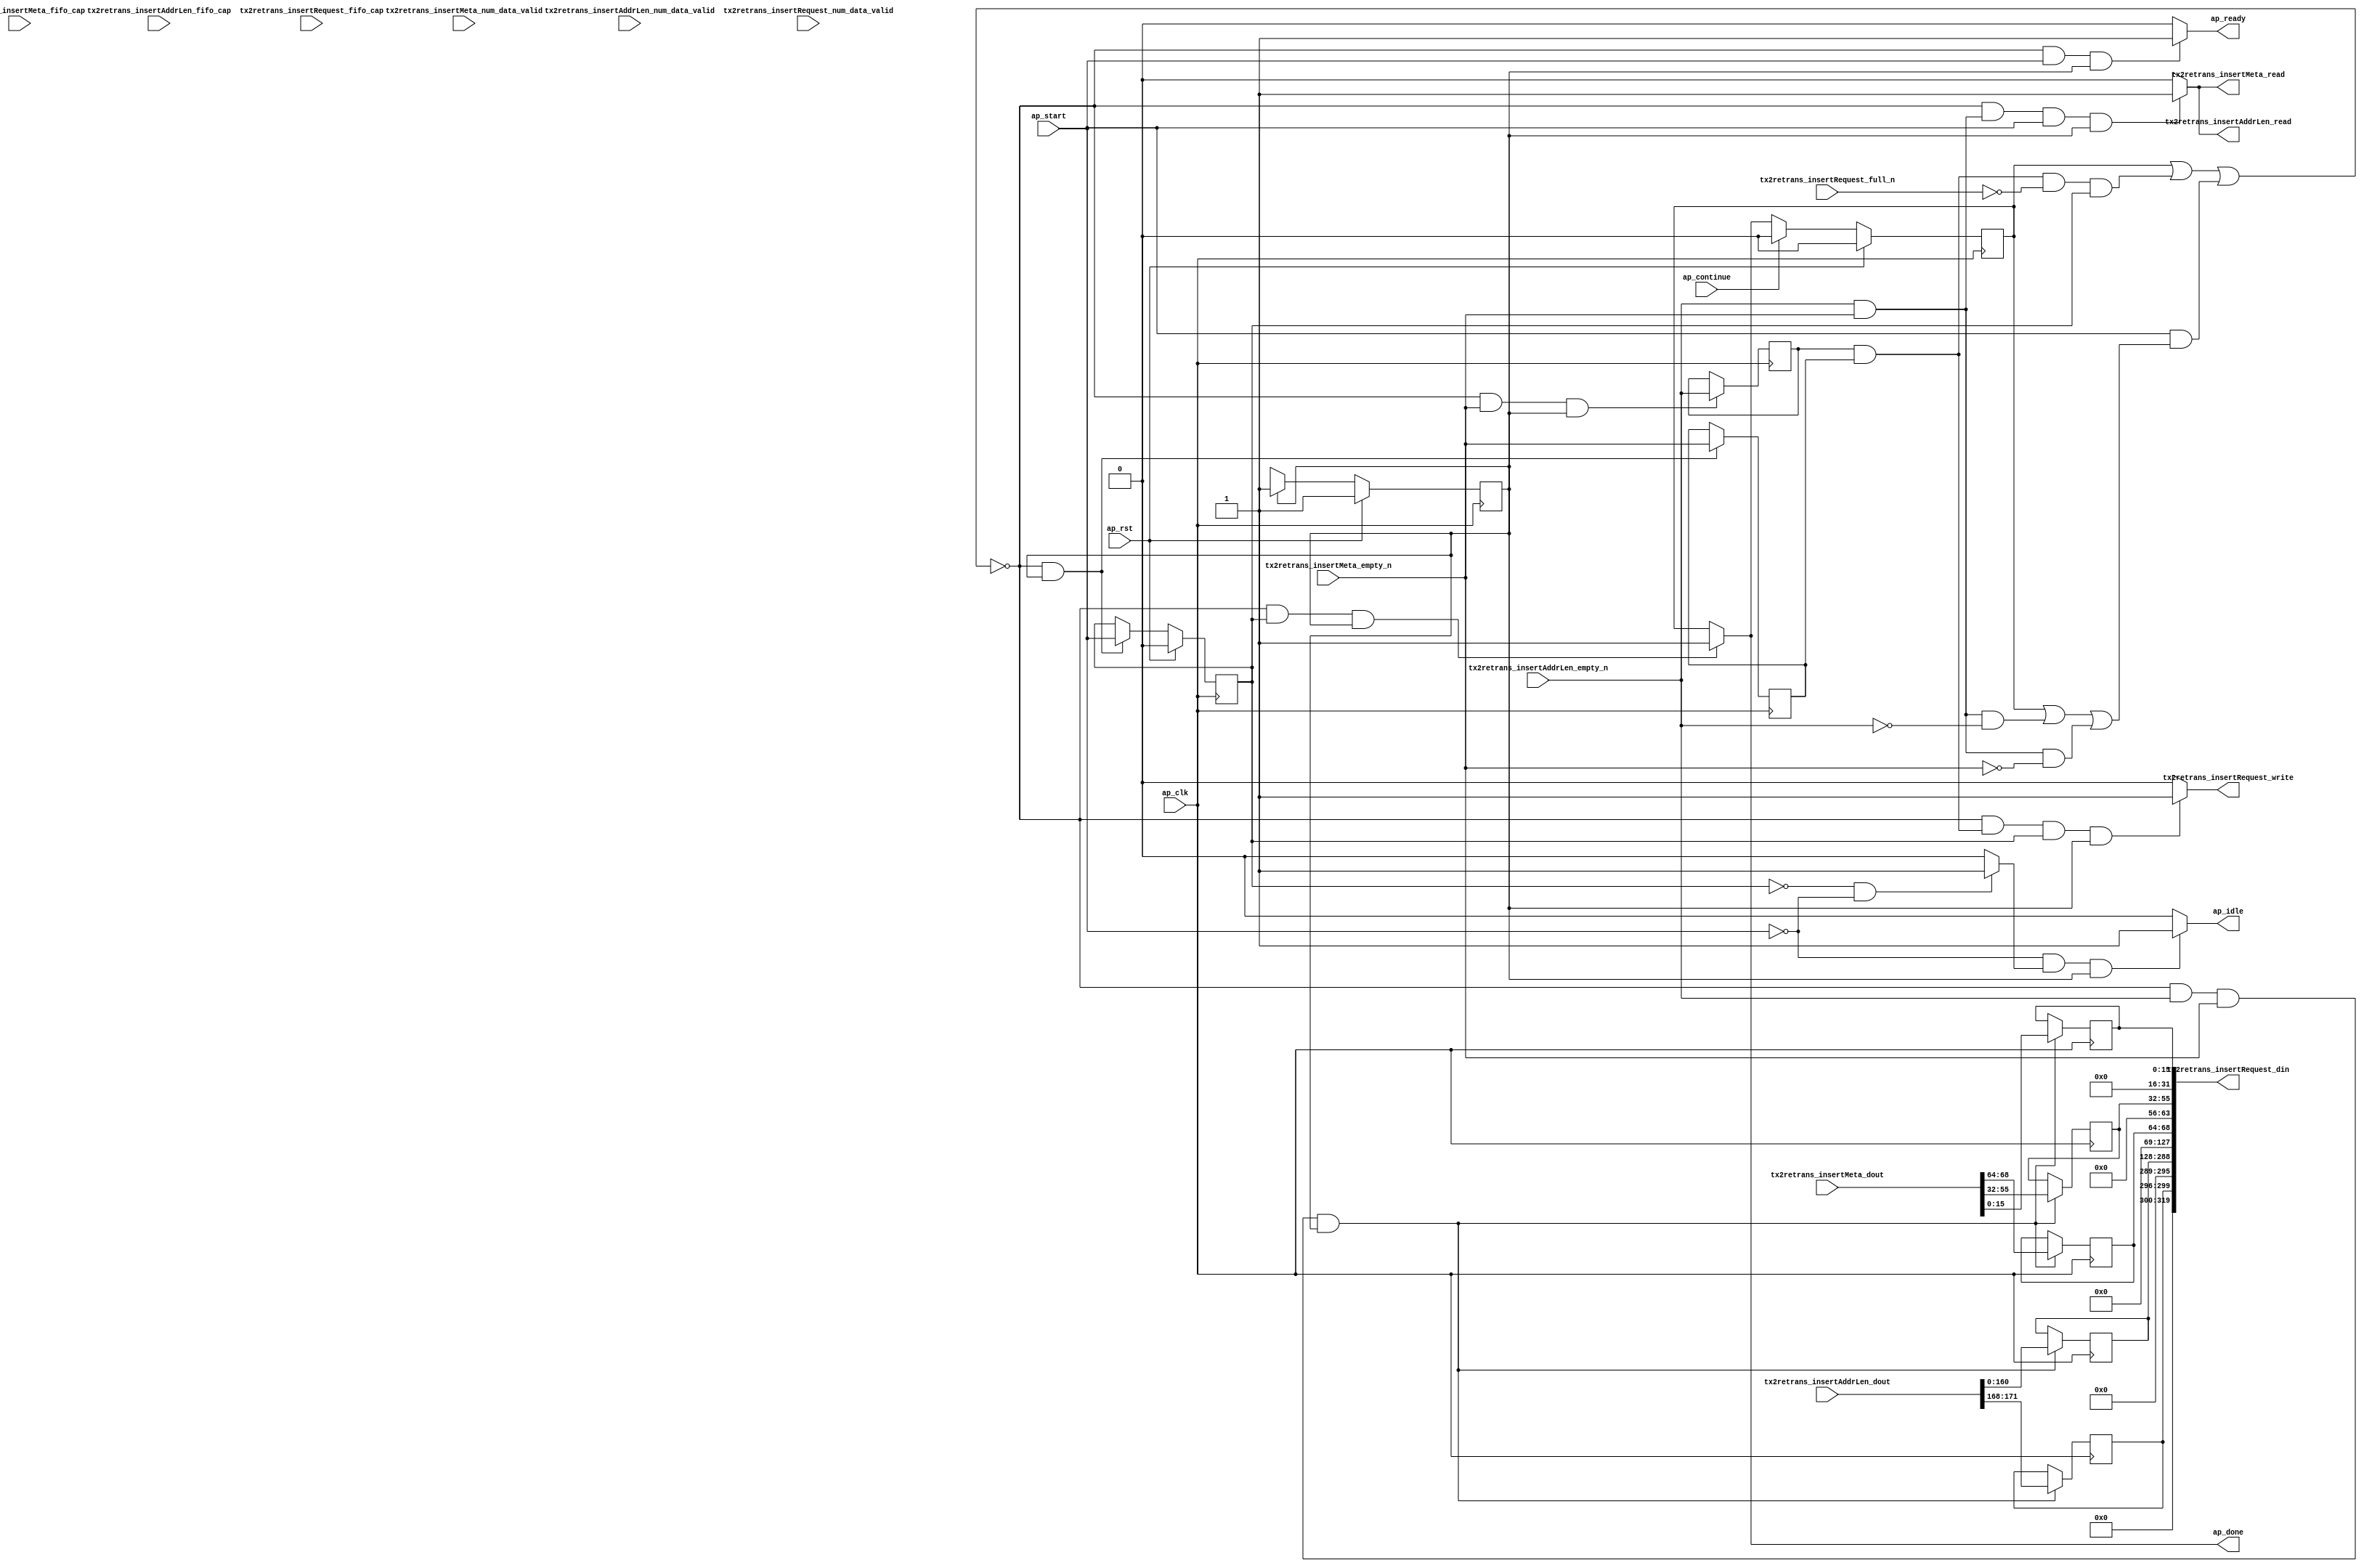
// ==============================================================
// RTL generated by Vitis HLS - High-Level Synthesis from C, C++ and OpenCL v2022.2 (64-bit)
// Version: 2022.2
// Copyright (C) Copyright 1986-2022 Xilinx, Inc. All Rights Reserved.
// 
// ===========================================================

`timescale 1 ns / 1 ps 

module rocev2_top_merge_retrans_request (
        ap_clk,
        ap_rst,
        ap_start,
        ap_done,
        ap_continue,
        ap_idle,
        ap_ready,
        tx2retrans_insertMeta_dout,
        tx2retrans_insertMeta_num_data_valid,
        tx2retrans_insertMeta_fifo_cap,
        tx2retrans_insertMeta_empty_n,
        tx2retrans_insertMeta_read,
        tx2retrans_insertAddrLen_dout,
        tx2retrans_insertAddrLen_num_data_valid,
        tx2retrans_insertAddrLen_fifo_cap,
        tx2retrans_insertAddrLen_empty_n,
        tx2retrans_insertAddrLen_read,
        tx2retrans_insertRequest_din,
        tx2retrans_insertRequest_num_data_valid,
        tx2retrans_insertRequest_fifo_cap,
        tx2retrans_insertRequest_full_n,
        tx2retrans_insertRequest_write
);

parameter    ap_ST_fsm_pp0_stage0 = 1'd1;

input   ap_clk;
input   ap_rst;
input   ap_start;
output   ap_done;
input   ap_continue;
output   ap_idle;
output   ap_ready;
input  [95:0] tx2retrans_insertMeta_dout;
input  [1:0] tx2retrans_insertMeta_num_data_valid;
input  [1:0] tx2retrans_insertMeta_fifo_cap;
input   tx2retrans_insertMeta_empty_n;
output   tx2retrans_insertMeta_read;
input  [191:0] tx2retrans_insertAddrLen_dout;
input  [3:0] tx2retrans_insertAddrLen_num_data_valid;
input  [3:0] tx2retrans_insertAddrLen_fifo_cap;
input   tx2retrans_insertAddrLen_empty_n;
output   tx2retrans_insertAddrLen_read;
output  [319:0] tx2retrans_insertRequest_din;
input  [1:0] tx2retrans_insertRequest_num_data_valid;
input  [1:0] tx2retrans_insertRequest_fifo_cap;
input   tx2retrans_insertRequest_full_n;
output   tx2retrans_insertRequest_write;

reg ap_done;
reg ap_idle;
reg ap_ready;
reg tx2retrans_insertMeta_read;
reg tx2retrans_insertAddrLen_read;
reg tx2retrans_insertRequest_write;

(* fsm_encoding = "none" *) reg   [0:0] ap_CS_fsm;
wire    ap_CS_fsm_pp0_stage0;
wire    ap_enable_reg_pp0_iter0;
reg    ap_enable_reg_pp0_iter1;
reg    ap_idle_pp0;
wire   [0:0] tmp_i_nbreadreq_fu_58_p3;
wire   [0:0] tmp_i_300_nbreadreq_fu_66_p3;
reg    ap_predicate_op20_read_state1;
reg    ap_predicate_op21_read_state1;
reg    ap_done_reg;
reg    ap_block_state1_pp0_stage0_iter0;
reg   [0:0] tmp_i_reg_153;
reg   [0:0] tmp_i_300_reg_157;
reg    ap_predicate_op29_write_state2;
reg    ap_block_state2_pp0_stage0_iter1;
reg    ap_block_pp0_stage0_subdone;
reg    tx2retrans_insertMeta_blk_n;
wire    ap_block_pp0_stage0;
reg    tx2retrans_insertAddrLen_blk_n;
reg    tx2retrans_insertRequest_blk_n;
reg    ap_block_pp0_stage0_11001;
wire   [15:0] trunc_ln2696_fu_93_p1;
reg   [15:0] trunc_ln2696_reg_161;
reg   [23:0] tmp_323_i3_reg_166;
reg   [4:0] tmp_4_reg_171;
reg   [3:0] tmp_s_reg_176;
wire   [160:0] trunc_ln2696_1_fu_127_p1;
reg   [160:0] trunc_ln2696_1_reg_181;
reg    ap_block_pp0_stage0_01001;
wire   [299:0] or_ln2696_4_fu_131_p10;
reg   [0:0] ap_NS_fsm;
reg    ap_idle_pp0_0to0;
reg    ap_reset_idle_pp0;
wire    ap_enable_pp0;
wire    ap_ce_reg;

// power-on initialization
initial begin
#0 ap_CS_fsm = 1'd1;
#0 ap_enable_reg_pp0_iter1 = 1'b0;
#0 ap_done_reg = 1'b0;
end

always @ (posedge ap_clk) begin
    if (ap_rst == 1'b1) begin
        ap_CS_fsm <= ap_ST_fsm_pp0_stage0;
    end else begin
        ap_CS_fsm <= ap_NS_fsm;
    end
end

always @ (posedge ap_clk) begin
    if (ap_rst == 1'b1) begin
        ap_done_reg <= 1'b0;
    end else begin
        if ((ap_continue == 1'b1)) begin
            ap_done_reg <= 1'b0;
        end else if (((1'b0 == ap_block_pp0_stage0_subdone) & (ap_enable_reg_pp0_iter1 == 1'b1) & (1'b1 == ap_CS_fsm_pp0_stage0))) begin
            ap_done_reg <= 1'b1;
        end
    end
end

always @ (posedge ap_clk) begin
    if (ap_rst == 1'b1) begin
        ap_enable_reg_pp0_iter1 <= 1'b0;
    end else begin
        if (((1'b0 == ap_block_pp0_stage0_subdone) & (1'b1 == ap_CS_fsm_pp0_stage0))) begin
            ap_enable_reg_pp0_iter1 <= ap_start;
        end
    end
end

always @ (posedge ap_clk) begin
    if (((1'b0 == ap_block_pp0_stage0_11001) & (tmp_i_300_nbreadreq_fu_66_p3 == 1'd1) & (tmp_i_nbreadreq_fu_58_p3 == 1'd1) & (1'b1 == ap_CS_fsm_pp0_stage0))) begin
        tmp_323_i3_reg_166 <= {{tx2retrans_insertMeta_dout[55:32]}};
        tmp_4_reg_171 <= {{tx2retrans_insertMeta_dout[68:64]}};
        tmp_s_reg_176 <= {{tx2retrans_insertAddrLen_dout[171:168]}};
        trunc_ln2696_1_reg_181 <= trunc_ln2696_1_fu_127_p1;
        trunc_ln2696_reg_161 <= trunc_ln2696_fu_93_p1;
    end
end

always @ (posedge ap_clk) begin
    if (((1'b0 == ap_block_pp0_stage0_11001) & (tmp_i_nbreadreq_fu_58_p3 == 1'd1) & (1'b1 == ap_CS_fsm_pp0_stage0))) begin
        tmp_i_300_reg_157 <= tmp_i_300_nbreadreq_fu_66_p3;
    end
end

always @ (posedge ap_clk) begin
    if (((1'b0 == ap_block_pp0_stage0_11001) & (1'b1 == ap_CS_fsm_pp0_stage0))) begin
        tmp_i_reg_153 <= tmp_i_nbreadreq_fu_58_p3;
    end
end

always @ (*) begin
    if (((1'b0 == ap_block_pp0_stage0_subdone) & (ap_enable_reg_pp0_iter1 == 1'b1) & (1'b1 == ap_CS_fsm_pp0_stage0))) begin
        ap_done = 1'b1;
    end else begin
        ap_done = ap_done_reg;
    end
end

always @ (*) begin
    if (((ap_start == 1'b0) & (ap_idle_pp0 == 1'b1) & (1'b1 == ap_CS_fsm_pp0_stage0))) begin
        ap_idle = 1'b1;
    end else begin
        ap_idle = 1'b0;
    end
end

always @ (*) begin
    if (((ap_enable_reg_pp0_iter1 == 1'b0) & (ap_enable_reg_pp0_iter0 == 1'b0))) begin
        ap_idle_pp0 = 1'b1;
    end else begin
        ap_idle_pp0 = 1'b0;
    end
end

always @ (*) begin
    if ((ap_enable_reg_pp0_iter0 == 1'b0)) begin
        ap_idle_pp0_0to0 = 1'b1;
    end else begin
        ap_idle_pp0_0to0 = 1'b0;
    end
end

always @ (*) begin
    if (((1'b0 == ap_block_pp0_stage0_subdone) & (ap_start == 1'b1) & (1'b1 == ap_CS_fsm_pp0_stage0))) begin
        ap_ready = 1'b1;
    end else begin
        ap_ready = 1'b0;
    end
end

always @ (*) begin
    if (((ap_start == 1'b0) & (ap_idle_pp0_0to0 == 1'b1))) begin
        ap_reset_idle_pp0 = 1'b1;
    end else begin
        ap_reset_idle_pp0 = 1'b0;
    end
end

always @ (*) begin
    if (((1'b0 == ap_block_pp0_stage0) & (ap_done_reg == 1'b0) & (ap_predicate_op21_read_state1 == 1'b1) & (ap_start == 1'b1) & (1'b1 == ap_CS_fsm_pp0_stage0))) begin
        tx2retrans_insertAddrLen_blk_n = tx2retrans_insertAddrLen_empty_n;
    end else begin
        tx2retrans_insertAddrLen_blk_n = 1'b1;
    end
end

always @ (*) begin
    if (((1'b0 == ap_block_pp0_stage0_11001) & (ap_predicate_op21_read_state1 == 1'b1) & (ap_start == 1'b1) & (1'b1 == ap_CS_fsm_pp0_stage0))) begin
        tx2retrans_insertAddrLen_read = 1'b1;
    end else begin
        tx2retrans_insertAddrLen_read = 1'b0;
    end
end

always @ (*) begin
    if (((1'b0 == ap_block_pp0_stage0) & (ap_done_reg == 1'b0) & (ap_predicate_op20_read_state1 == 1'b1) & (ap_start == 1'b1) & (1'b1 == ap_CS_fsm_pp0_stage0))) begin
        tx2retrans_insertMeta_blk_n = tx2retrans_insertMeta_empty_n;
    end else begin
        tx2retrans_insertMeta_blk_n = 1'b1;
    end
end

always @ (*) begin
    if (((1'b0 == ap_block_pp0_stage0_11001) & (ap_predicate_op20_read_state1 == 1'b1) & (ap_start == 1'b1) & (1'b1 == ap_CS_fsm_pp0_stage0))) begin
        tx2retrans_insertMeta_read = 1'b1;
    end else begin
        tx2retrans_insertMeta_read = 1'b0;
    end
end

always @ (*) begin
    if (((1'b0 == ap_block_pp0_stage0) & (ap_predicate_op29_write_state2 == 1'b1) & (ap_enable_reg_pp0_iter1 == 1'b1) & (1'b1 == ap_CS_fsm_pp0_stage0))) begin
        tx2retrans_insertRequest_blk_n = tx2retrans_insertRequest_full_n;
    end else begin
        tx2retrans_insertRequest_blk_n = 1'b1;
    end
end

always @ (*) begin
    if (((1'b0 == ap_block_pp0_stage0_11001) & (ap_predicate_op29_write_state2 == 1'b1) & (ap_enable_reg_pp0_iter1 == 1'b1) & (1'b1 == ap_CS_fsm_pp0_stage0))) begin
        tx2retrans_insertRequest_write = 1'b1;
    end else begin
        tx2retrans_insertRequest_write = 1'b0;
    end
end

always @ (*) begin
    case (ap_CS_fsm)
        ap_ST_fsm_pp0_stage0 : begin
            ap_NS_fsm = ap_ST_fsm_pp0_stage0;
        end
        default : begin
            ap_NS_fsm = 'bx;
        end
    endcase
end

assign ap_CS_fsm_pp0_stage0 = ap_CS_fsm[32'd0];

assign ap_block_pp0_stage0 = ~(1'b1 == 1'b1);

always @ (*) begin
    ap_block_pp0_stage0_01001 = ((ap_done_reg == 1'b1) | ((ap_predicate_op29_write_state2 == 1'b1) & (tx2retrans_insertRequest_full_n == 1'b0) & (ap_enable_reg_pp0_iter1 == 1'b1)) | ((ap_start == 1'b1) & ((ap_done_reg == 1'b1) | ((ap_predicate_op21_read_state1 == 1'b1) & (tx2retrans_insertAddrLen_empty_n == 1'b0)) | ((ap_predicate_op20_read_state1 == 1'b1) & (tx2retrans_insertMeta_empty_n == 1'b0)))));
end

always @ (*) begin
    ap_block_pp0_stage0_11001 = ((ap_done_reg == 1'b1) | ((ap_predicate_op29_write_state2 == 1'b1) & (tx2retrans_insertRequest_full_n == 1'b0) & (ap_enable_reg_pp0_iter1 == 1'b1)) | ((ap_start == 1'b1) & ((ap_done_reg == 1'b1) | ((ap_predicate_op21_read_state1 == 1'b1) & (tx2retrans_insertAddrLen_empty_n == 1'b0)) | ((ap_predicate_op20_read_state1 == 1'b1) & (tx2retrans_insertMeta_empty_n == 1'b0)))));
end

always @ (*) begin
    ap_block_pp0_stage0_subdone = ((ap_done_reg == 1'b1) | ((ap_predicate_op29_write_state2 == 1'b1) & (tx2retrans_insertRequest_full_n == 1'b0) & (ap_enable_reg_pp0_iter1 == 1'b1)) | ((ap_start == 1'b1) & ((ap_done_reg == 1'b1) | ((ap_predicate_op21_read_state1 == 1'b1) & (tx2retrans_insertAddrLen_empty_n == 1'b0)) | ((ap_predicate_op20_read_state1 == 1'b1) & (tx2retrans_insertMeta_empty_n == 1'b0)))));
end

always @ (*) begin
    ap_block_state1_pp0_stage0_iter0 = ((ap_done_reg == 1'b1) | ((ap_predicate_op21_read_state1 == 1'b1) & (tx2retrans_insertAddrLen_empty_n == 1'b0)) | ((ap_predicate_op20_read_state1 == 1'b1) & (tx2retrans_insertMeta_empty_n == 1'b0)));
end

always @ (*) begin
    ap_block_state2_pp0_stage0_iter1 = ((ap_predicate_op29_write_state2 == 1'b1) & (tx2retrans_insertRequest_full_n == 1'b0));
end

assign ap_enable_pp0 = (ap_idle_pp0 ^ 1'b1);

assign ap_enable_reg_pp0_iter0 = ap_start;

always @ (*) begin
    ap_predicate_op20_read_state1 = ((tmp_i_300_nbreadreq_fu_66_p3 == 1'd1) & (tmp_i_nbreadreq_fu_58_p3 == 1'd1));
end

always @ (*) begin
    ap_predicate_op21_read_state1 = ((tmp_i_300_nbreadreq_fu_66_p3 == 1'd1) & (tmp_i_nbreadreq_fu_58_p3 == 1'd1));
end

always @ (*) begin
    ap_predicate_op29_write_state2 = ((tmp_i_300_reg_157 == 1'd1) & (tmp_i_reg_153 == 1'd1));
end

assign or_ln2696_4_fu_131_p10 = {{{{{{{{{tmp_s_reg_176}, {7'd0}}, {trunc_ln2696_1_reg_181}}, {59'd0}}, {tmp_4_reg_171}}, {8'd0}}, {tmp_323_i3_reg_166}}, {16'd0}}, {trunc_ln2696_reg_161}};

assign tmp_i_300_nbreadreq_fu_66_p3 = tx2retrans_insertAddrLen_empty_n;

assign tmp_i_nbreadreq_fu_58_p3 = tx2retrans_insertMeta_empty_n;

assign trunc_ln2696_1_fu_127_p1 = tx2retrans_insertAddrLen_dout[160:0];

assign trunc_ln2696_fu_93_p1 = tx2retrans_insertMeta_dout[15:0];

assign tx2retrans_insertRequest_din = or_ln2696_4_fu_131_p10;

endmodule //rocev2_top_merge_retrans_request